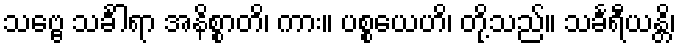
သဗ္ဗေ သင်္ခါရာ အနိစ္စာတိ၊ ကား။ ပစ္စယေဟိ၊ တို့သည်။ သင်္ခရီယန္တိ၊